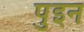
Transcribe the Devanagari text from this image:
पुइन